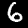
Digit: 6